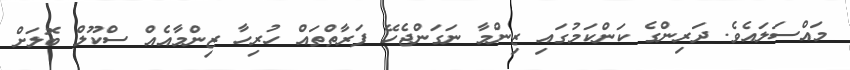
މައްސަލައެވެ. ދަރިންގެ ކަންކަމުގައި ޒިންމާ ނަގަންޖެހޭ ފަރާތްތައް ހުރިހާ ޒިންމާއެއް ސްކޫލް ބޮލަށް